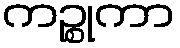
ကဉ္စုကာ